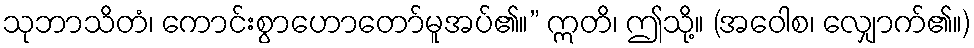
သုဘာသိတံ၊ ကောင်းစွာဟောတော်မူအပ်၏။” ဣတိ၊ ဤသို့။ (အဝေါစ၊ လျှောက်၏။)